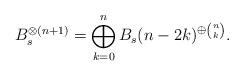
LaTeX: \begin{align*}B_s^{\otimes (n+1)}=\bigoplus_{k=0}^{n} B_s(n-2k)^{\oplus {\binom{n}{k}}}.\end{align*}